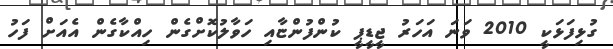
ގުޅިފަޅަކީ 2010 ވަނަ އަހަރު ޖީޑީޕީ ކުންފުންޏާއި ހަވާލުކޮށްގެން ހިއްކާގެން އެއަށް ފަހު